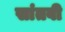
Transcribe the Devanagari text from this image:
सांतवी